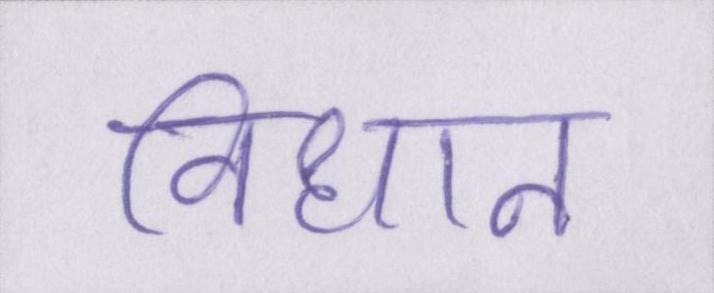
विधान